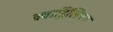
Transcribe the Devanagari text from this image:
क्वाड्रिलियन